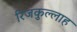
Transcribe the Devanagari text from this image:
रिजकुल्लाह